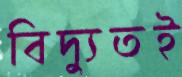
বিদ্যুতই